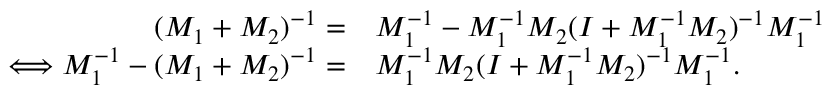
\begin{array} { r l } { ( M _ { 1 } + M _ { 2 } ) ^ { - 1 } = } & { M _ { 1 } ^ { - 1 } - M _ { 1 } ^ { - 1 } M _ { 2 } ( I + M _ { 1 } ^ { - 1 } M _ { 2 } ) ^ { - 1 } M _ { 1 } ^ { - 1 } } \\ { \Longleftrightarrow M _ { 1 } ^ { - 1 } - ( M _ { 1 } + M _ { 2 } ) ^ { - 1 } = } & { M _ { 1 } ^ { - 1 } M _ { 2 } ( I + M _ { 1 } ^ { - 1 } M _ { 2 } ) ^ { - 1 } M _ { 1 } ^ { - 1 } . } \end{array}